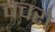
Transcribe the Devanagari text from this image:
चचरो